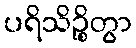
ပရိသိဉ္စိတွာ